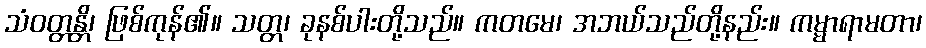
သံဝတ္တန္တိ၊ ဖြစ်ကုန်၏။ သတ္တ၊ ခုနစ်ပါးတို့သည်။ ကတမေ၊ အဘယ်သည်တို့နည်း။ ကမ္မာရာမတာ၊